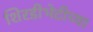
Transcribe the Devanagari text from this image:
शिरडीभेटीच्या